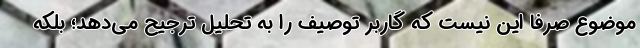
موضوع صرفاً این نیست که گاربر توصیف را به تحلیل ترجیح می‌دهد؛ بلکه